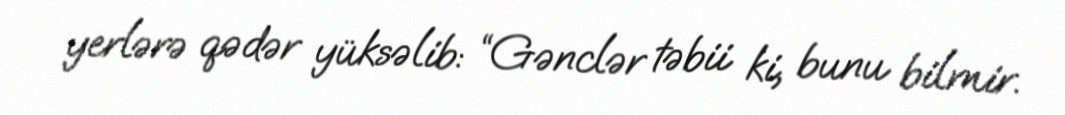
yerlərə qədər yüksəlib: “Gənclər təbii ki, bunu bilmir.